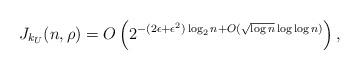
LaTeX: \begin{align*}J_{k_U}(n, \rho) = O\left( 2^{-(2\epsilon+\epsilon^2)\log_2 n + O(\sqrt{\log n} \log\log n )} \right),\end{align*}